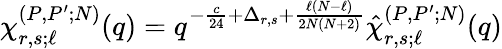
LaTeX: \chi_{r,s;\ell}^{(P,P^{\prime};N)}(q)=q^{-\frac{c}{24}+\Delta_{r,s}+\frac{\ell(N-\ell)}{2N(N+2)}}\hat{\chi}_{r,s;\ell}^{(P,P^{\prime};N)}(q)